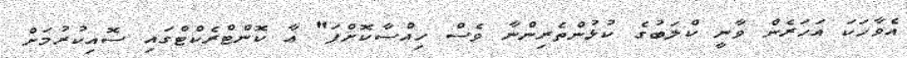
އެވާހަކަ އަހަރެން ވާނީ ކްލަބުގެ ކުޅުންތެރިންނާ ވެސް ހިއްސާކޮށްފަ" އާ ކޮންޓްރެކްޓްގައި ސޮއިކުރުމަށް